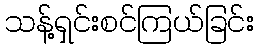
သန့်ရှင်းစင်ကြယ်ခြင်း